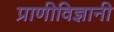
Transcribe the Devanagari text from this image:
प्राणीविज्ञानी